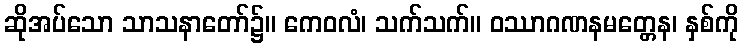
ဆိုအပ်သော သာသနာတော်၌။ ကေဝလံ၊ သက်သက်။ ဝဿာဂဏနမတ္တေန၊ နှစ်ကို